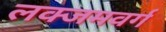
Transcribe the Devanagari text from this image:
लक्जमवर्ग